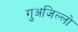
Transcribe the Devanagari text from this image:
गुअजिल्लो